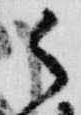
御